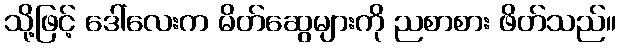
သို့ဖြင့် ဒေါ်လေးက မိတ်ဆွေများကို ညစာစား ဖိတ်သည်။